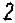
2